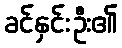
ခင်နှင်းဦး၏